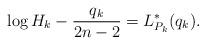
LaTeX: \begin{align*}\log H_{k}-\frac{q_{k}}{2n-2}= L_{P_{k}}^{\ast}(q_{k}).\end{align*}